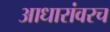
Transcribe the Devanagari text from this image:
आधारांवरच